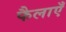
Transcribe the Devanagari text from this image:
फैलाएँ